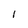
Character: 1